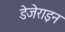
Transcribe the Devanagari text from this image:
डेजेराइन